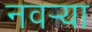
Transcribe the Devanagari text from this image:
नवर्‍या